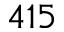
4 1 5